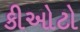
કીઓટો